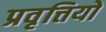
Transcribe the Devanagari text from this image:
प्रवृत्तियो